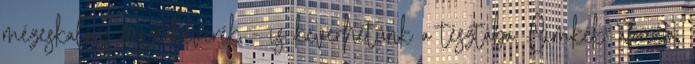
mézeskalács fűszerkeverék - is keverhetünk a tésztába. Címkék: áfonya,